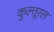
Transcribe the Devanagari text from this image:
कुल्तूरल